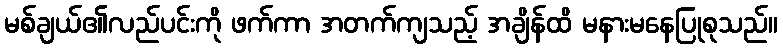
မစ်ချယ်၏လည်ပင်းကို ဖက်ကာ အတက်ကျသည့် အချိန်ထိ မနားမနေပြုစုသည်။